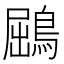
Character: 鶌